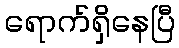
ရောက်ရှိနေပြီ